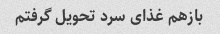
بازهم غذاى سرد تحویل گرفتم